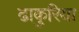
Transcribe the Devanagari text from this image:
ढाकुरिया